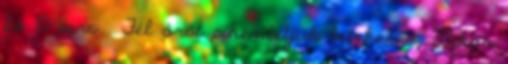
fő 10 perc . Fél órát pihentetjük letakarva. Mikor